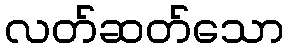
လတ်ဆတ်သော